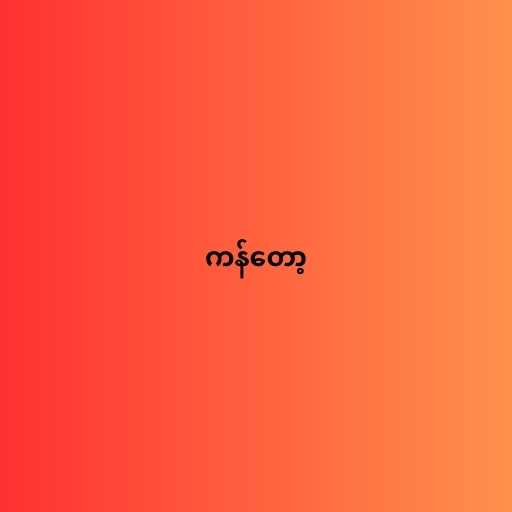
ကန်တော့